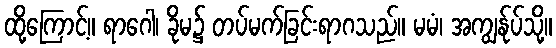
ထို့ကြောင့်။ ရာဂေါ၊ ခိုမ၌ တပ်မက်ခြင်းရာဂသည်။ မမံ၊ အကျွန်ုပ်သို့။